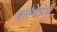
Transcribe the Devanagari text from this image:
कल्पग्रंथ